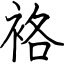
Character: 袼